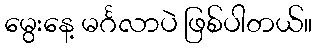
မွေးနေ့ မင်္ဂလာပဲ ဖြစ်ပါတယ်။